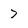
Character: 7